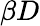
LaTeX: \beta D